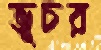
ভূচর